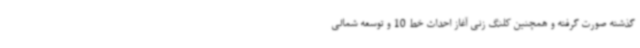
گذشته صورت گرفته و همچنین کلنگ زنی آغاز احداث خط 10 و توسعه شمالی